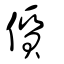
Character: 儨